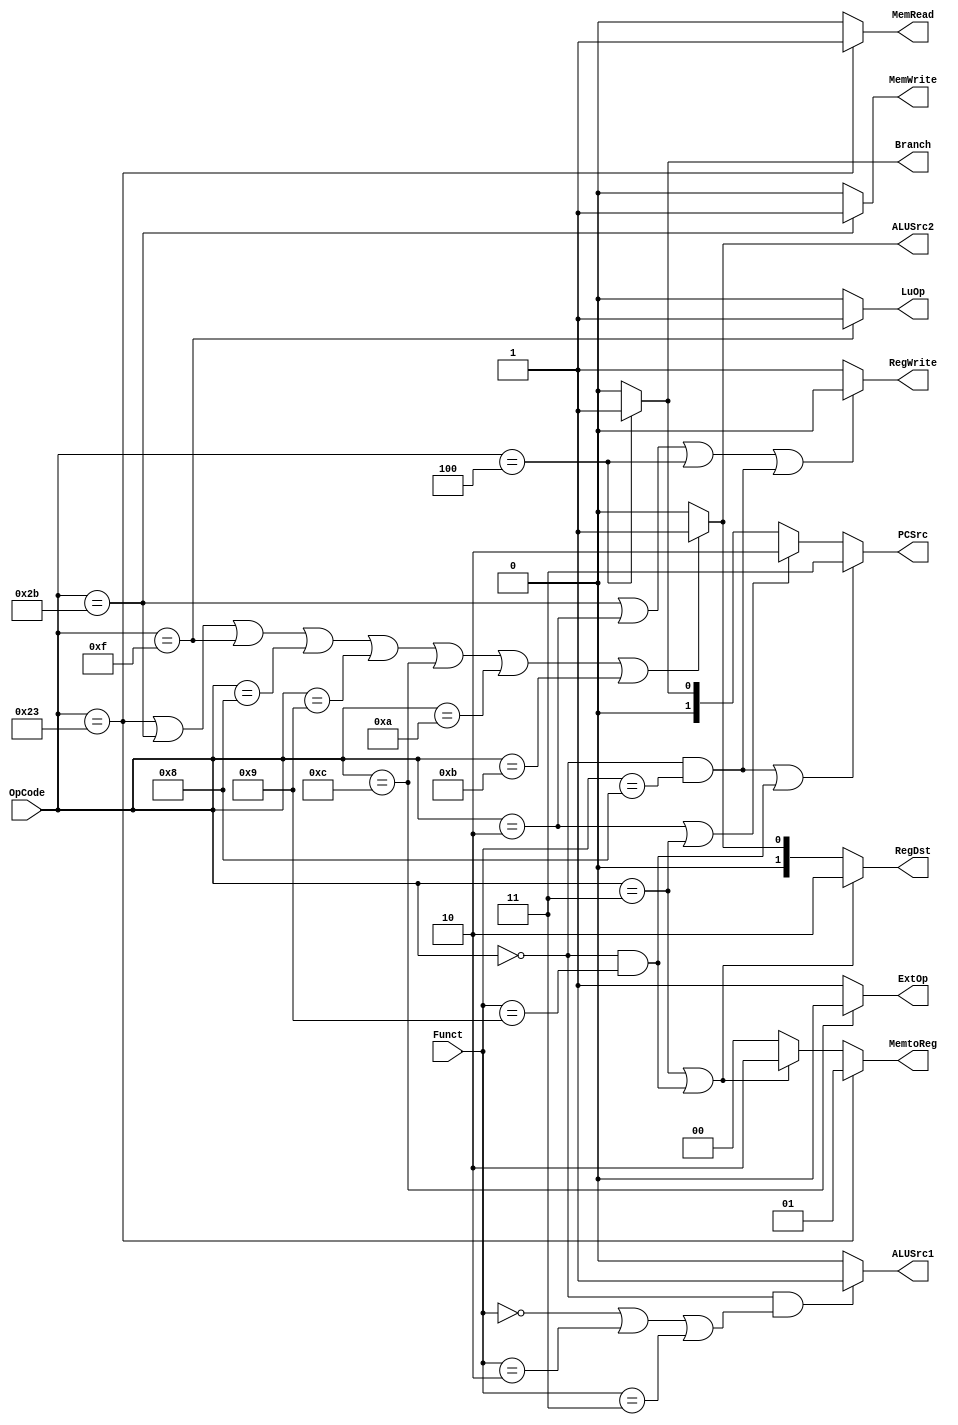

module Control(OpCode, Funct,
	PCSrc, Branch, RegWrite, RegDst, 
	MemRead, MemWrite, MemtoReg, 
	ALUSrc1, ALUSrc2, ExtOp, LuOp);
	input [5:0] OpCode;
	input [5:0] Funct;
	output [1:0] PCSrc;
	output Branch;
	output RegWrite;
	output [1:0] RegDst;
	output MemRead;
	output MemWrite;
	output [1:0] MemtoReg;
	output ALUSrc1;
	output ALUSrc2;
	output ExtOp;
	output LuOp;
	
	reg [1:0] PCSrc;
    reg Branch;
    reg RegWrite;
    reg [1:0] RegDst;
    reg MemRead;
    reg MemWrite;
    reg [1:0] MemtoReg;
    reg ALUSrc1;
    reg ALUSrc2;
    reg ExtOp;
    reg LuOp;	
	
	// Your code below
always @(*) begin
	PCSrc=2'b00;
	Branch=1'b0;
	RegWrite=1'b1;
	RegDst=2'b0;
	MemRead=1'b0;
	MemWrite=1'b0;
	MemtoReg=2'b00;
	ALUSrc1=1'b0;
	ALUSrc2=1'b0;
	ExtOp=1'b1;
	LuOp=1'b0;
	if(OpCode==6'h04) 
	begin
		PCSrc[0]=1;
		Branch=1;
	end

	if(OpCode==6'h02||OpCode==6'h03)
	begin
		PCSrc=2'b10;
	end

	if((OpCode==6'h0&&Funct==6'h08)||(OpCode==6'h0&&Funct==6'h09))
	begin
		PCSrc=2'b11;
	end

	if(OpCode==6'h2b||OpCode==6'h02||OpCode==6'h04||(OpCode==6'h0&&Funct==6'h08))
	begin
		RegWrite=1'b0;
	end

	if(OpCode==6'h23||OpCode==6'h2b||OpCode==6'h0f||OpCode==6'h08||OpCode==6'h09||OpCode==6'h0c||
	OpCode==6'h0a||OpCode==6'h0b)
	begin
		RegDst=2'b01;//dst=rt
		ALUSrc2=1'b1;
	end
	

	if(OpCode==6'h03||(OpCode==6'h0&&Funct==6'h09))
	begin
		RegDst=2'b10;//dst=$31
		MemtoReg=2'b10;//PC+4
	end

	if(OpCode==6'h23)
	begin
		MemRead=1'b1;
		MemtoReg=2'b01;
	end

	if(OpCode==6'h2b)
	begin
		MemWrite=1'b1;
	end

	if(OpCode==6'h0&&(Funct==6'h0||Funct==6'h02||Funct==6'h03))
	begin
		ALUSrc1=1'b1;
	end

	if(OpCode==6'h0c)
	begin
		ExtOp=1'b0;
	end

	if(OpCode==6'h0f)
	begin
		LuOp=1'b1;
	end

end
	// Your code above

	
endmodule